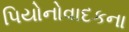
પિયોનોવાદકના